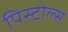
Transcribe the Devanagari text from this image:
पिस्टोल्स